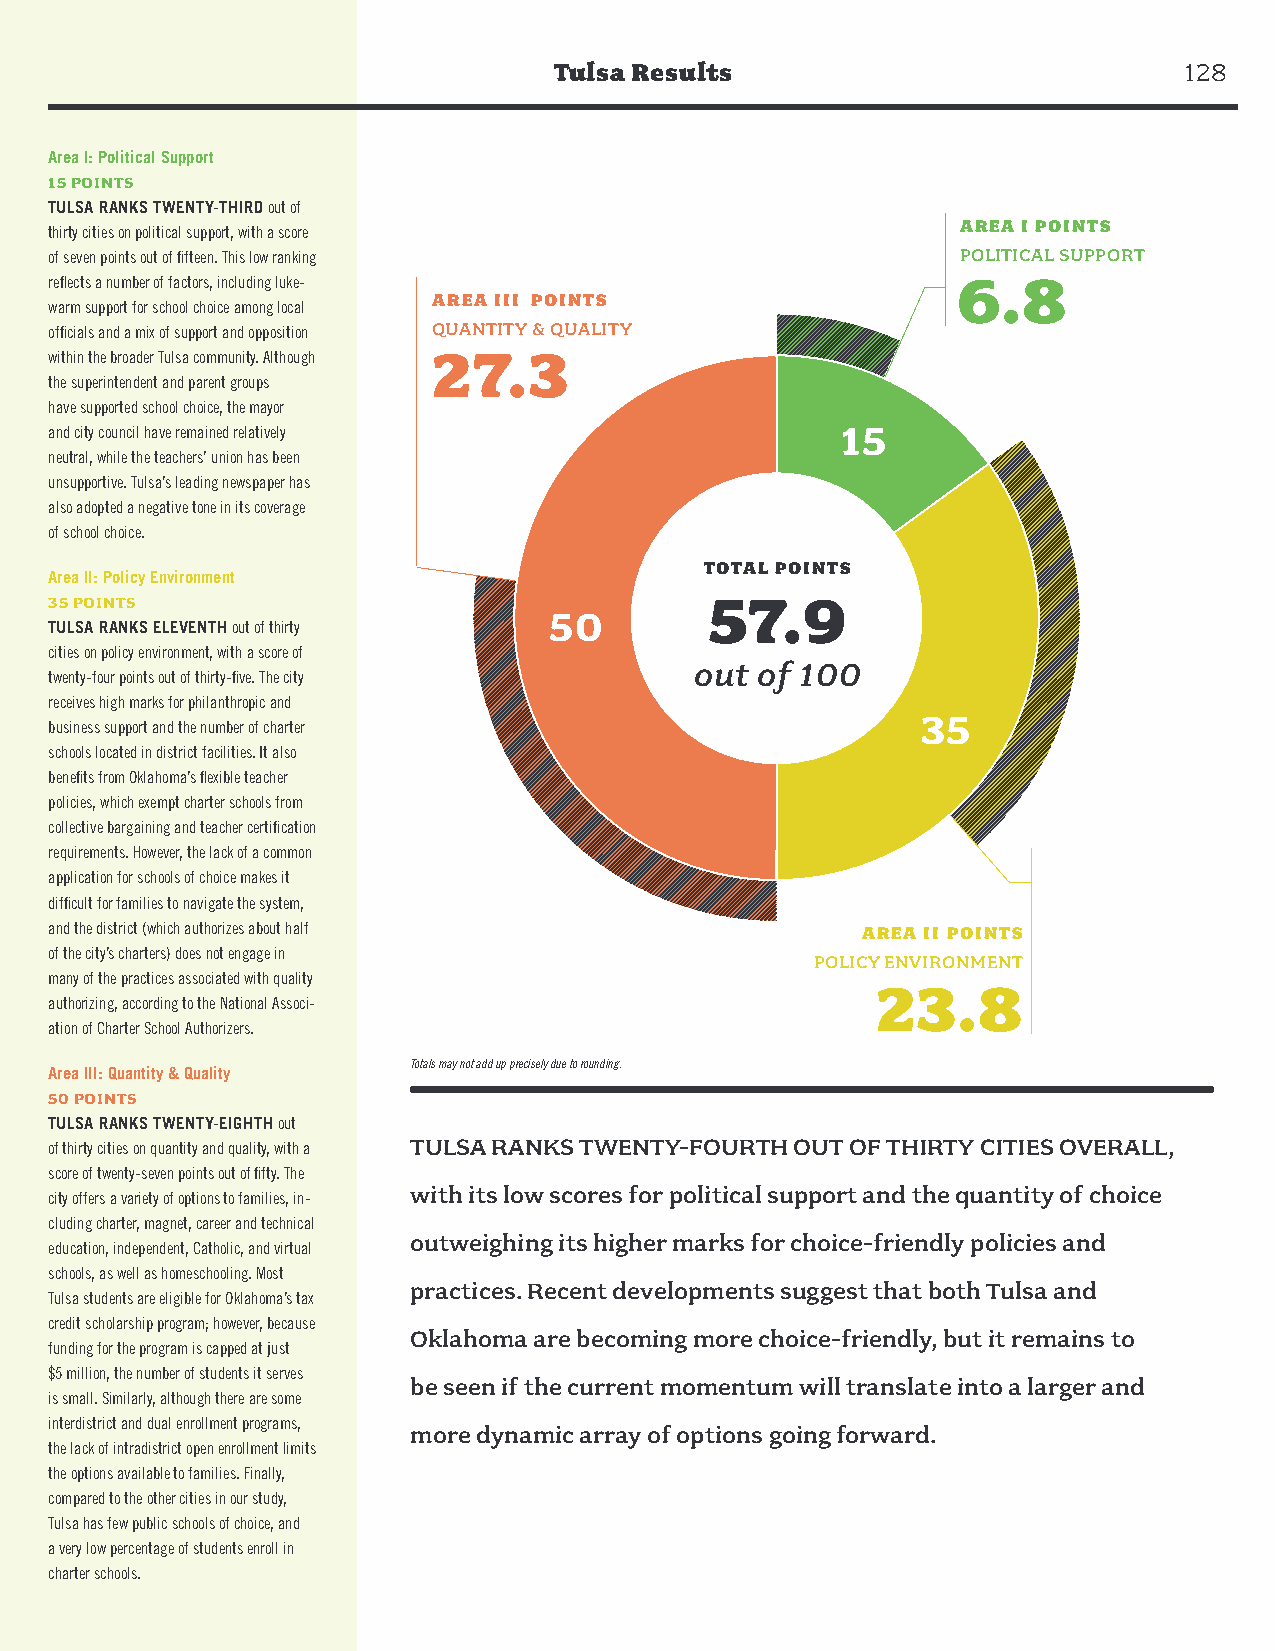
Tulsa Results                            128
 Area I: Political Support
 15 POINTS
 TULSA RANKS TWENTY-THIRD out of
 AREA I POINTS
 thirty cities on political support, with a score
 of seven points out of fifteen. This low ranking             POLITICAL SUPPORT
 reflects a number of factors, including luke-               6.8
 AREA III POINTS
 warm support for school choice among local
 officials and a mix of support and opposition QUANTITY & QUALITY
 27.3
 within the broader Tulsa community. Although
 the superintendent and parent groups
 have supported school choice, the mayor
 and city council have remained relatively            15
 neutral, while the teachers’ union has been
 unsupportive. Tulsa’s leading newspaper has
 also adopted a negative tone in its coverage
 of school choice.
 TOTAL POINTS
 Area II: Policy Environment
 35 POINTS                                   57.9
 50
 TULSA RANKS ELEVENTH out of thirty
 cities on policy environment, with a score of
 out of 100
 twenty-four points out of thirty-five. The city
 receives high marks for philanthropic and
 35
 business support and the number of charter
 schools located in district facilities. It also
 benefits from Oklahoma’s flexible teacher
 policies, which exempt charter schools from
 collective bargaining and teacher certification
 requirements. However, the lack of a common
 application for schools of choice makes it
 difficult for families to navigate the system,
 and the district (which authorizes about half         AREA II POINTS
 of the city’s charters) does not engage in
 POLICY ENVIRONMENT
 many of the practices associated with quality
 23.8
 authorizing, according to the National Associ-
 ation of Charter School Authorizers.
 Totals may not add up precisely due to rounding.
 Area III: Quantity & Quality
 50 POINTS
 TULSA RANKS TWENTY-EIGHTH out
 of thirty cities on quantity and quality, with a TULSA RANKS TWENTY-FOURTH OUT OF THIRTY CITIES OVERALL,
 score of twenty-seven points out of fifty. The
 with its low scores for political support and the quantity of choice
 city offers a variety of options to families, in-
 cluding charter, magnet, career and technical
 outweighing its higher marks for choice-friendly policies and
 education, independent, Catholic, and virtual
 schools, as well as homeschooling. Most
 practices. Recent developments suggest that both Tulsa and
 Tulsa students are eligible for Oklahoma’s tax
 credit scholarship program; however, because
 Oklahoma are becoming more choice-friendly, but it remains to
 funding for the program is capped at just
 $5 million, the number of students it serves
 be seen if the current momentum will translate into a larger and
 is small. Similarly, although there are some
 interdistrict and dual enrollment programs,
 more dynamic array of options going forward.
 the lack of intradistrict open enrollment limits
 the options available to families. Finally,
 compared to the other cities in our study,
 Tulsa has few public schools of choice, and
 a very low percentage of students enroll in
 charter schools.